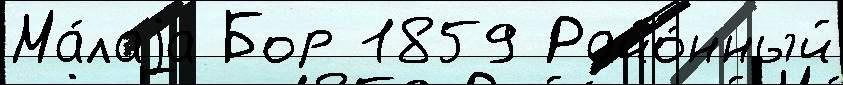
Ма́лаjа Бор 1859 Райо́нный